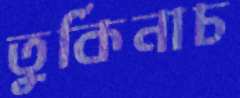
তুর্কিনাচ